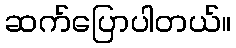
ဆက်ပြောပါတယ်။